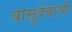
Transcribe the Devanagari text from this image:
वासुदेवांची